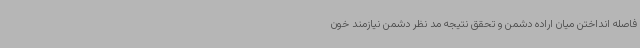
فاصله انداختن میان اراده دشمن و تحقق نتیجه مد نظر دشمن نیازمند خون